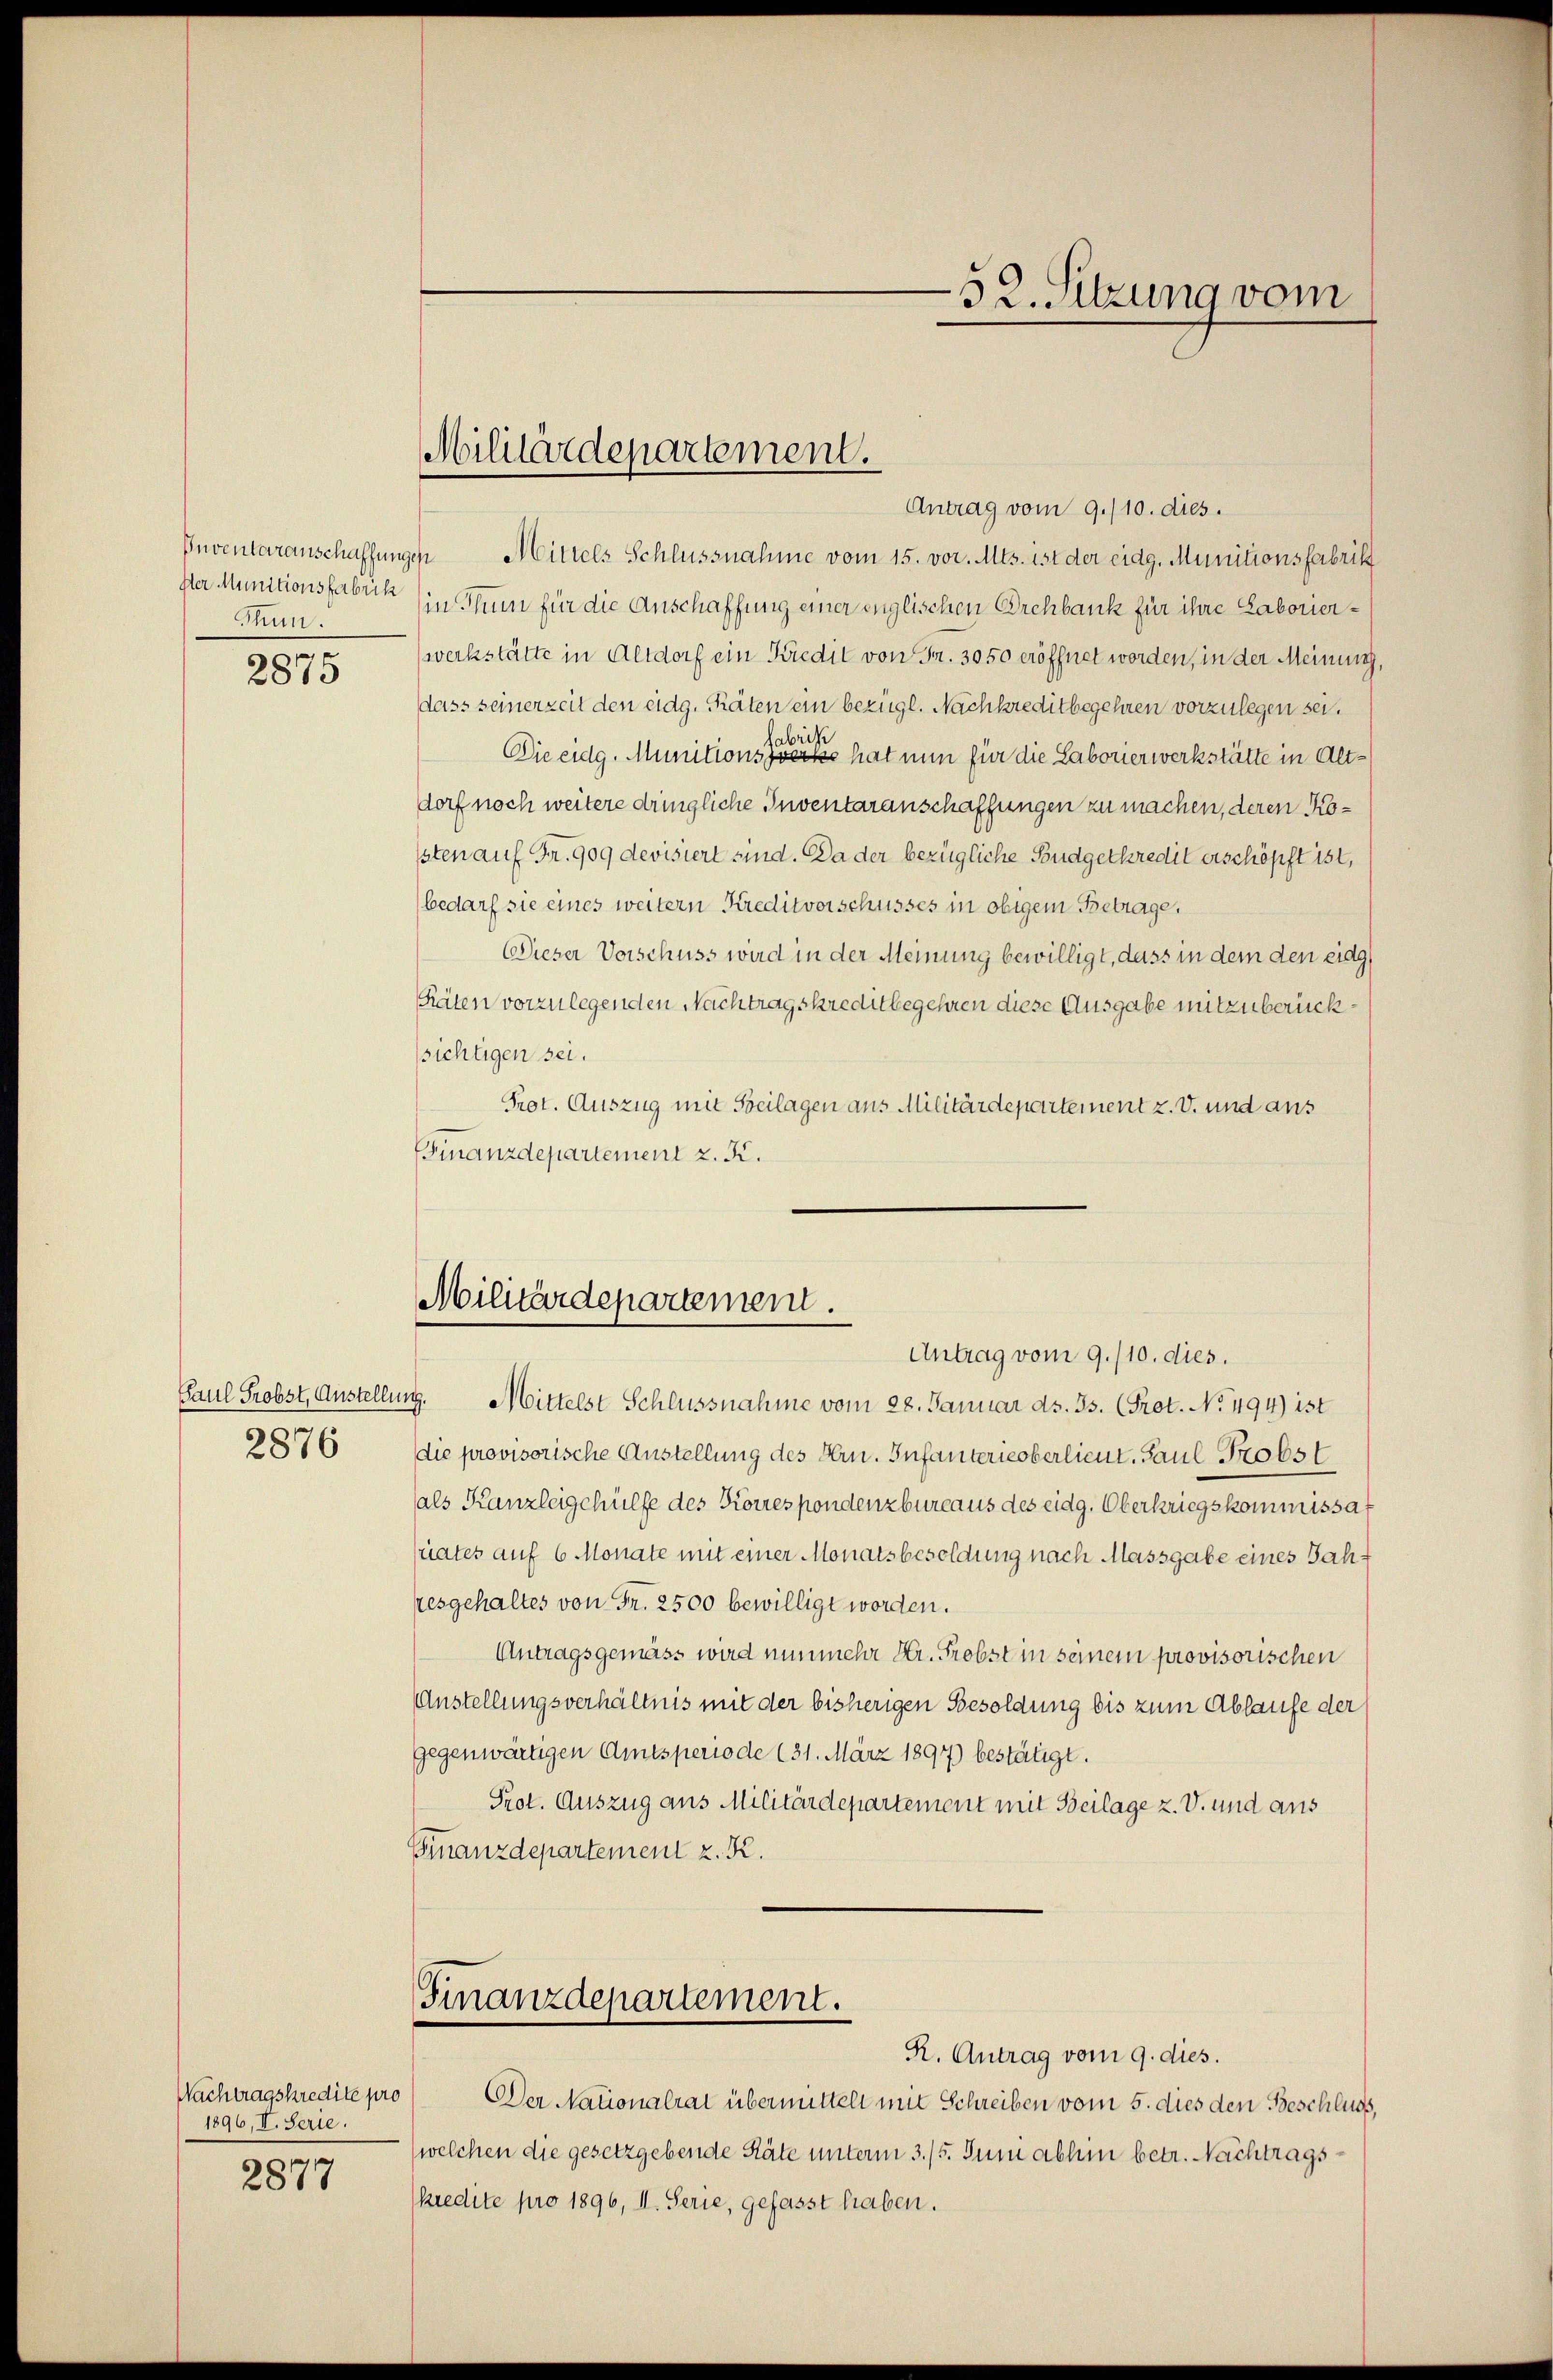
Thun.

2875

2876

Nachtragskredite pro
1896, II. Serie.

2877

Antrag vom 9./10. dies.
Inventaranschaffungen Mittels Schlussnahme vom 15. vor. Mts. ist der eidg. Munitionsfabrik
ster Munitionsfabrik in Thun für die Anschaffung einer englischen Orchbank für ihre Laborierwerkstätte in Altdorf ein Kredit von Fr. 3050 eröffnet worden, in der Meinung,
dass seinerzeit den eidg. Thäten ein bezügl. Nachkreditbegehren vorzulegen sei.
Die eidg. Munitions einer hat nun für die Laborierwerkstätte in Altdorf noch weitere dringliche Inventaranschaffungen zu machen, deren Kosten auf Fr. 909 devisiert sind. Da der bezügliche Budgetkredit erschöpft ist,
bedarf sie eines weitern Kreditvorschusses in obigem Betrage,
Dieser Vorschuss wird in der Meinung bewilligt, dass in dem den eidg
Räten vorzulegenden Nachtragskreditbegehren diese Ausgabe mitzuberücksichtigen sei.
Prot. Auszug mit Beilagen aus Militärdepartement z. v. und aus
Finanzdepartement z. B.

Militärdepartement.

Militärdepartement.

Finanzdepartement.

52. Sitzung vom

Paul Probst, Austellung. Mittelst Schlussnahme vom 28. Januar ds. 33. (Prot. No 494) ist
die provisorische Anstellung des Hrn. Infanterieoberlieut. Paul Probst
als Kanzleigehülfe des Korrespondenzbureaus des eidg. Oberkriegskommissauates auf 6 Monate mit einer Monatsbesoldung nach Massgabe eines Jahresgehaltes von Fr. 2500 bewilligt worden.
Antragsgemäss wird nunmehr Hr. Probst in seinem provisorischen
AAnstellungsverhältnis mit der bisherigen Besoldung bis zum Ablaufe der
gegenwärtigen Amtsperiode (31. März 1897 bestätigt.
Prot. Auszug aus Militärdepartement mit Beilage z. V. und aus
Finanzdepartement z. K.

Antrag vom 9./10. dies.

R. Antrag vom 9. dies.
Der Nationalrat übermittelt mit Schreiben vom 5. dies den Beschluss,
(welchen die gesetzgebende Räte unterm 3./5. Juni abhin betr. Nachtragskredite pro 1896, II. Serie, gefasst haben.